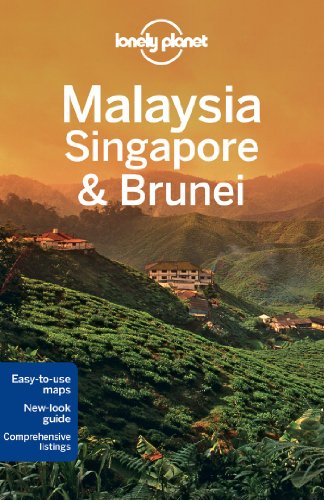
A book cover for Lonely Planet Malaysia, Singapore & Brunei (Travel Guide); Lonely Planet; Travel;